King Institute of Preventive Medicine Micro-Biological Section reports 1912-19
Year: 1912
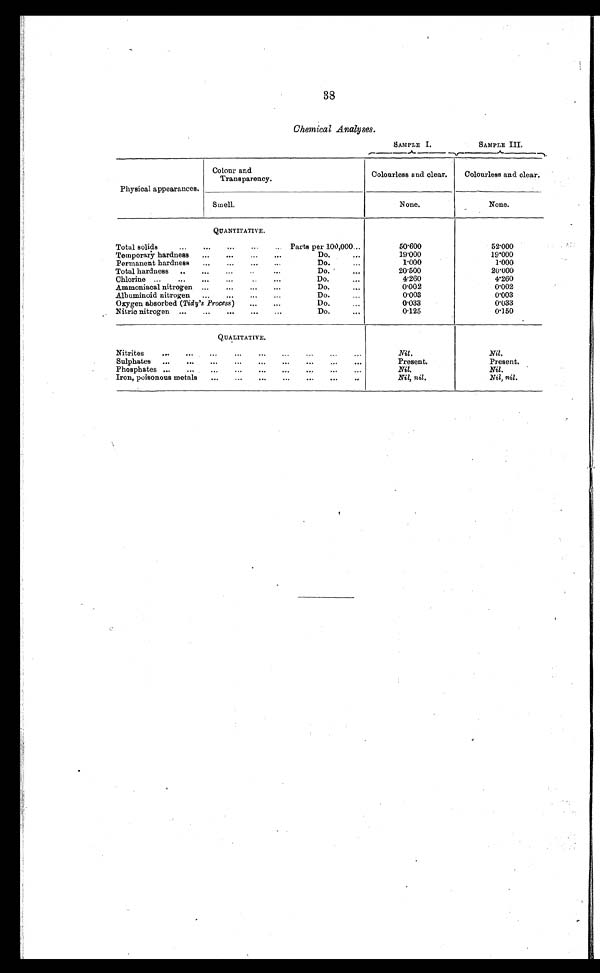
38
Chemical Analyses.
SAMPLE I.
SAMPLE III.
Physical appearances.
Colour and
Transparency.
Colourless and clear.
Colourless and clear.
Smell.
None.
None.
QUANTITATIVE.
Total solids . . .
Parts per 100,000 . . .
50.600
52.000
Temporary hardness . . .
Do. . . .
19.000
19.000
Permanent hardness . . .
Do. . . .
1.000
1.000
Total hardness . . .
Do. . . .
20.500
20.000
C h l o r i n e . . .
Do. . . .
4.260
4.260
Ammoniacal nitrogen . . .
Do. . . .
0.002
0.002
Albuminoid nitrogen . . .
Do. . . .
0.003
0.003
Oxygen absorbed (Tidy's Process) . . .
Do. . . .
0 . 0 3 3
0.033
Nitric nitrogen . . .
Do. . . .
0.125
0 . 1 5 0
Q U A L I T A T I V E .
Nitrites . . .
Nil.
Nil.
Sulphates . . .
Present.
Present.
P h o s p h a t e s . . .
Nil.
Nil.
Iron, poisonous metals . . .
Nil, nil.
Nil, nil.